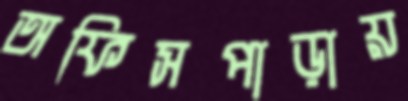
অফিসপাড়ায়